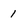
Character: 1